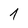
Character: 1